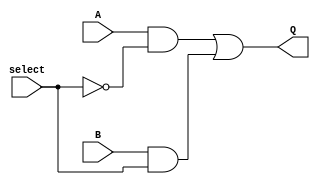
module mux(A, B, select,Q);
	input A, B;
	input select;
	output Q;
	wire not_select, tmp1, tmp2;
	not not1(not_select, select);
	and and1(tmp1, A, not_select);
	and and2(tmp2, B, select);
	or or1(Q, tmp1, tmp2);
endmodule